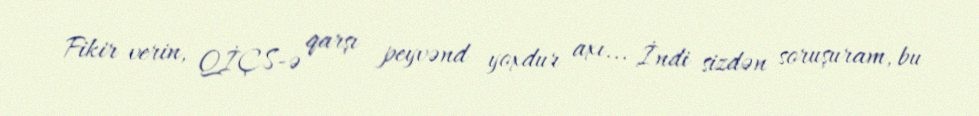
Fikir verin, QİÇS-ə qarşı peyvənd yoxdur axı... İndi sizdən soruşuram, bu